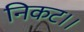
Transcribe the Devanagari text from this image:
निकट।।